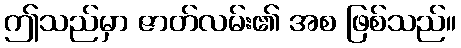
ဤသည်မှာ ဇာတ်လမ်း၏ အစ ဖြစ်သည်။